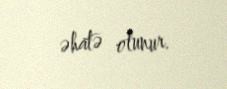
əhatə olunur.